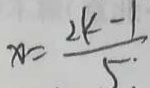
x = \frac { 2 k - 1 } { 5 }